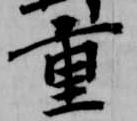
重